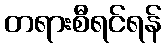
တရားစီရင်ရန်